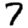
Digit: 7